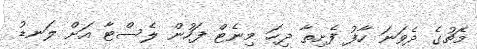
މެޗުގެ ދެވަނަ ހާފު ފެށިތާ ދިހަ މިނެޓް ފަހުން ލެސްޓާ އަށް ލަނޑު